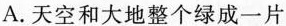
A.天空和大地整个绿成一片